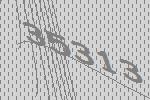
35313